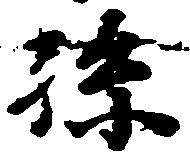
孫